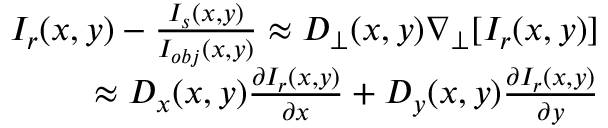
\begin{array} { r } { I _ { r } ( x , y ) - \frac { I _ { s } ( x , y ) } { I _ { o b j } ( x , y ) } \approx D _ { \perp } ( x , y ) \nabla _ { \perp } [ I _ { r } ( x , y ) ] } \\ { \approx D _ { x } ( x , y ) \frac { \partial I _ { r } ( x , y ) } { \partial x } + D _ { y } ( x , y ) \frac { \partial I _ { r } ( x , y ) } { \partial y } } \end{array}